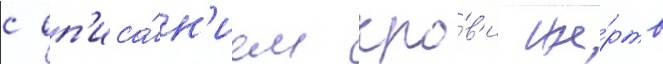
с оп'иса́н'ием кро́в'и же́ртв